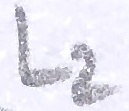
Text: L2